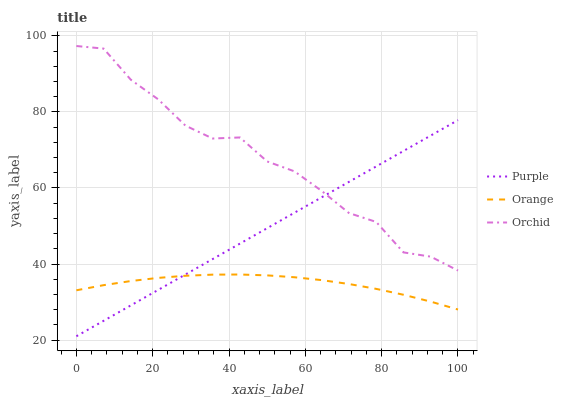
| xaxis_label | Purple | Orange | Orchid |
 | --- | --- | --- | --- |
 | 0 | 21 | 33.1 | 97.3 |
 | 7.14 | 25.1 | 34.4 | 96.7 |
 | 14.3 | 29.1 | 35.5 | 88.5 |
 | 21.4 | 33.2 | 36.3 | 83.3 |
 | 28.6 | 37.2 | 36.9 | 76.4 |
 | 35.7 | 41.3 | 37.2 | 73 |
 | 42.9 | 45.4 | 37.2 | 73.3 |
 | 50 | 49.4 | 37 | 67 |
 | 57.1 | 53.5 | 36.5 | 64.4 |
 | 64.3 | 57.5 | 35.8 | 59.2 |
 | 71.4 | 61.6 | 34.7 | 53.4 |
 | 78.6 | 65.7 | 33.5 | 51.1 |
 | 85.7 | 69.7 | 31.9 | 43.1 |
 | 92.9 | 73.8 | 30.1 | 41.9 |
 | 100 | 77.9 | 28 | 38.3 |